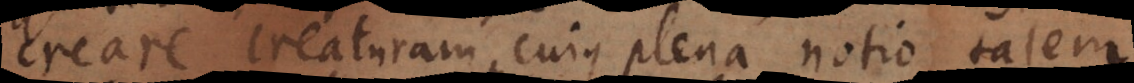
creare creaturam cujus plena notio talem